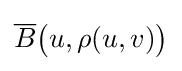
{\overline {B}}{\bigl (}u,\rho (u,v){\bigr )}